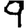
Digit: 9